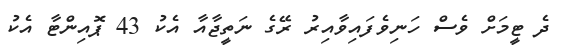
ދެ ޓީމަށް ވެސް ހަނިވެފައިވާއިރު ރޭގެ ނަތީޖާއާ އެކު 43 ޕޮއިންޓާ އެކު